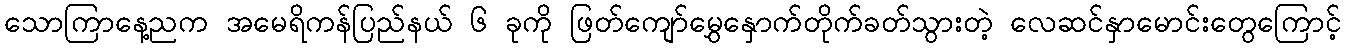
သောကြာနေ့ညက အမေရိကန်ပြည်နယ် ၆ ခုကို ဖြတ်ကျော်မွှေနှောက်တိုက်ခတ်သွားတဲ့ လေဆင်နှာမောင်းတွေကြောင့်